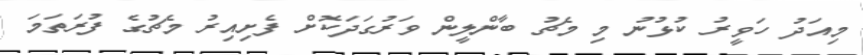
މިއަދު ހަވީރު ކުޅުނު މި މެޗު ބާންލީން ވަރުގަދަކޮށް ފެށިއިރު މެޗުގެ ފުރަތަމަ